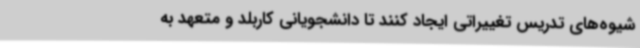
شیوه‌های تدریس تغییراتی ایجاد کنند تا دانشجویانی کاربلد و متعهد به